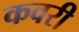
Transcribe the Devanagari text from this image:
कवरी